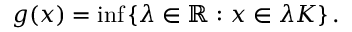
g ( x ) = \operatorname* { i n f } \left\{ \lambda \in \mathbb { R } : x \in \lambda K \right\} .